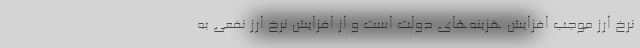
نرخ ارز موجب افزایش هزینه‌های دولت است و از افزایش نرخ ارز نفعی به